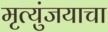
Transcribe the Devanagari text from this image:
मृत्युंजयाचा